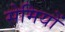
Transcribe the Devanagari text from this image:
सेमियों